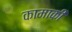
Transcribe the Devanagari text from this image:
कामाकी